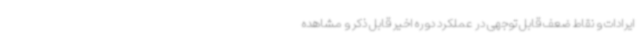
ایرادات و نقاط ضعف قابل توجهی در عملکرد دوره اخیر قابل ذکر و مشاهده